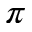
\pi